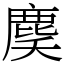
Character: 䴠